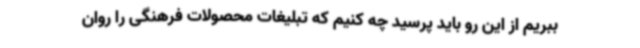
ببریم از این رو باید پرسید چه کنیم که تبلیغات محصولات فرهنگی را روان